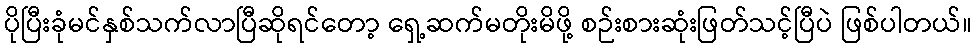
ပိုပြီးခုံမင်နှစ်သက်လာပြီဆိုရင်တော့ ရှေ့ဆက်မတိုးမိဖို့ စဉ်းစားဆုံးဖြတ်သင့်ပြီပဲ ဖြစ်ပါတယ်။